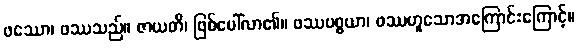
ဖဿော၊ ဖဿသည်။ ဇာယတိ၊ ဖြစ်ပေါ်လာ၏။ ဖဿပစ္စယာ၊ ဖဿဟူသောအကြောင်းကြောင့်။